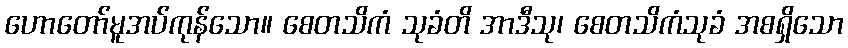
ဟောတော်မူအပ်ကုန်သော။ စေတသိကံ သုခံတိ အာဒီသု၊ စေတသိကံသုခံ အစရှိသော